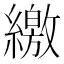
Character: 繳